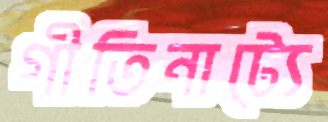
গীতিনাট্যে